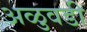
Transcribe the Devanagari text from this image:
अळुवडी